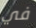
في